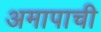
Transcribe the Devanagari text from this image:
अमापाची